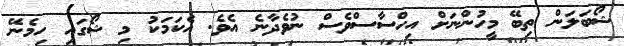
ޝޯބަލަން ތިބޭ މީހުންނަށް އިހްސާސްވެސް ނުވެދާނެ އެވެ. އެކަމަކު މި ޝޯގައި ހިމެނޭ